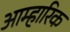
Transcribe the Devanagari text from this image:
आम्हारिक